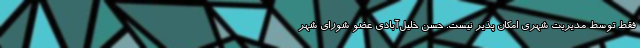
فقط توسط مدیریت شهری امکان پذیر نیست. حسن خلیل‌آبادی عضو شورای شهر